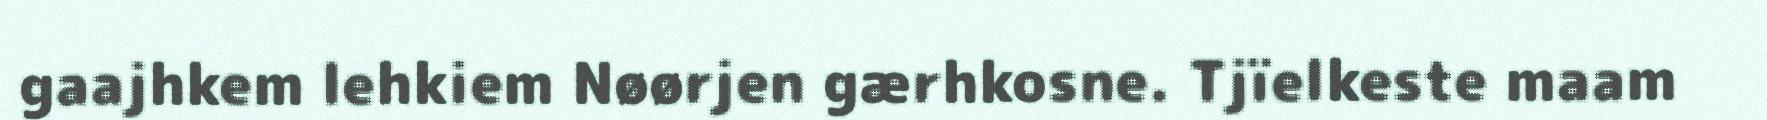
gaajhkem lehkiem Nøørjen gærhkosne. Tjïelkeste maam